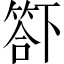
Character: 𥰊